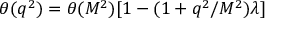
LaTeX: \theta ( q ^ { 2 } ) = \theta ( M ^ { 2 } ) [ 1 - ( 1 + q ^ { 2 } / M ^ { 2 } ) \lambda ]